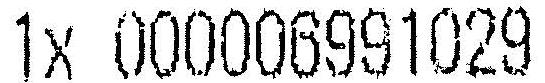
1X 000006991029